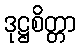
ဒုဋ္ဌစိတ္တာ